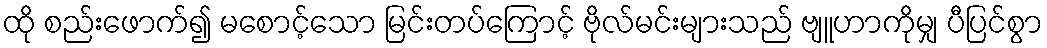
ထို စည်းဖောက်၍ မစောင့်သော မြင်းတပ်ကြောင့် ဗိုလ်မင်းများသည် ဗျူဟာကိုမျှ ပီပြင်စွာ